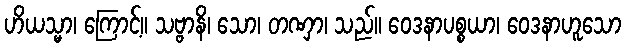
ဟိယသ္မာ၊ ကြောင့်။ သဗ္ဗာနိ၊ သော၊ တဏှာ၊ သည်။ ဝေဒနာပစ္စယာ၊ ဝေဒနာဟူသော